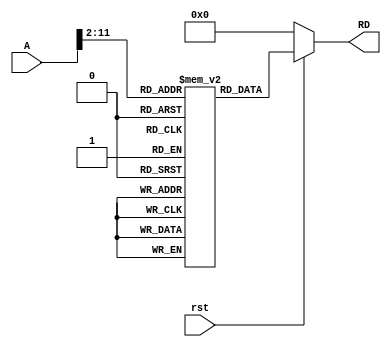
module instruction_memory(rst,A,RD);

  input rst;
  input [31:0]A;
  output [31:0]RD;

  reg [31:0] mem [1023:0];
  
  assign RD = (~rst) ? {32{1'b0}} : mem[A[31:2]];

    initial begin
        //mem[0] = 32'hFFC4A303; // Initialize first memory location
        //mem[1] = 32'h00832383;
        //mem[0] = 32'h0064A423;
        mem[0] = 32'h0062E233;
    end
endmodule